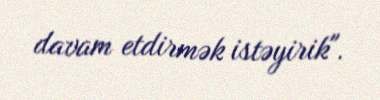
davam etdirmək istəyirik".